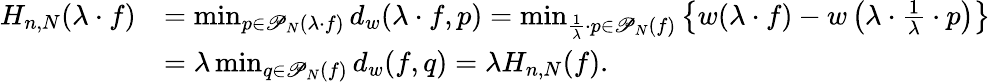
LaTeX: \begin{array}{rl}{H_{n,N}(\lambda\cdot f)}&{=\operatorname*{min}_{p\in\mathscr{P}_{N}(\lambda\cdot f)}d_{w}(\lambda\cdot f,p)=\operatorname*{min}_{\frac{1}{\lambda}\cdot p\in\mathscr{P}_{N}(f)}\left\{ w(\lambda\cdot f)-w\left(\lambda\cdot\frac{1}{\lambda}\cdot p\right)\right\} }\\ &{=\lambda\operatorname*{min}_{q\in\mathscr{P}_{N}(f)}d_{w}(f,q)=\lambda H_{n,N}(f).}\end{array}